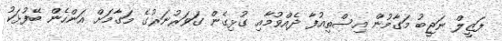
ފަޒީލް ނަޖީބު މަގާމުން އިސްތިއުފާ ދެއްވުމާއި ގުޅިގެން ގަވަރުނަރުގެ މަގާމަށް އަންހެން ބޭފުޅަކު